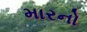
મારનો